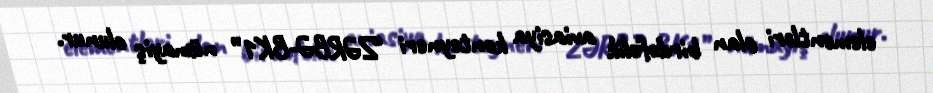
elementləri olan birdəfəlik aviasiya konteyneri “ZƏRBƏ-BK1” nümayiş olunur.